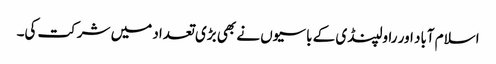
اسلام آباد اور راولپنڈی کے باسیوں نے بھی بڑی تعداد میں شرکت کی۔